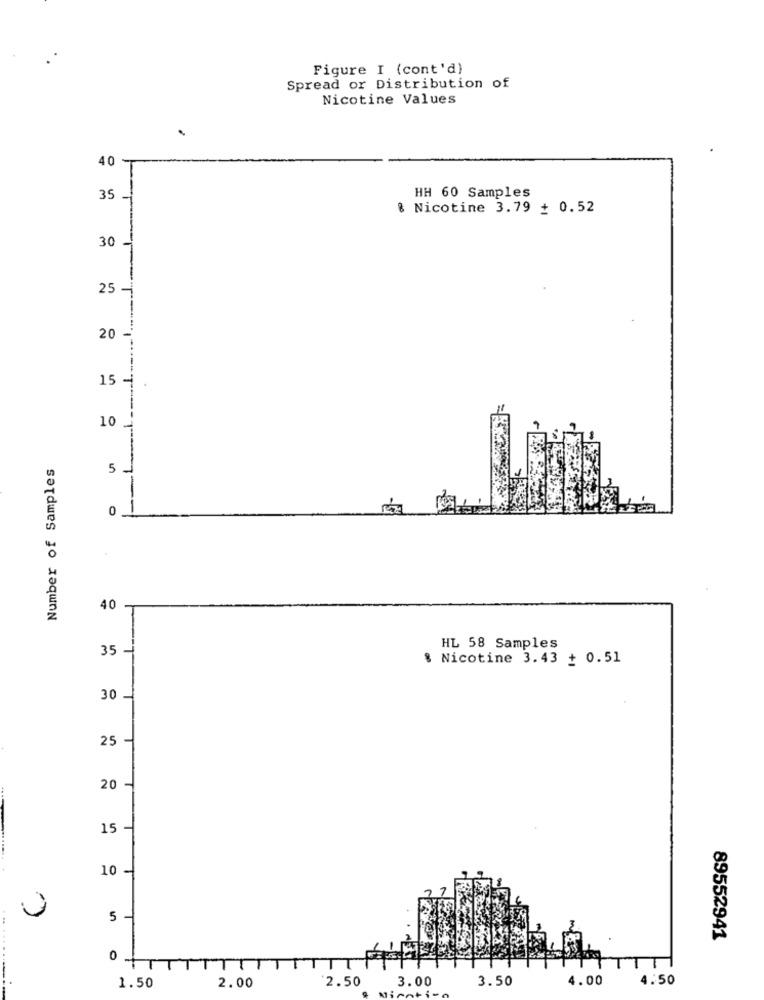
Figure I (cont'd)
Spread or Distribution of
Nicotine Values
40
HH 60 Samples
35
8 Nicotine 3.79 + 0.52
30
25-
T
20
15
"T"
10
Number of Samples
1
0
40
35
HL 58 Samples
8 Nicotine 3.43 + 0.51
30
25
20
15
10
5-
89552941
0 +T
2.50
3.00
3.50
4.00
4.50
---
1.50
2.00